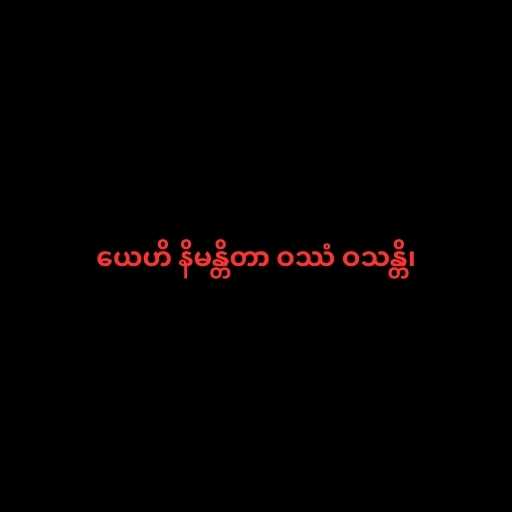
ယေဟိ နိမန္တိတာ ဝဿံ ဝသန္တိ၊